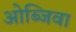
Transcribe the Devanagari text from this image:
ओब्जिवा